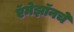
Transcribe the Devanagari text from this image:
ऍमेझॉनचे